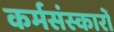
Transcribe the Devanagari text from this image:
कर्मसंस्कारों